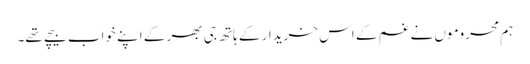
ہم محروموں نے غم کے اس خریدار کے ہاتھ جی بھر کے اپنے خواب بیچے تھے۔